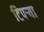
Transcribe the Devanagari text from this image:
टिपऱ्या